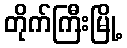
တိုက်ကြီးမြို့